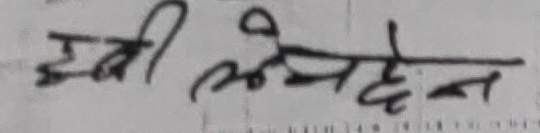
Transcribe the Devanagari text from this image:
हबी आवेदन